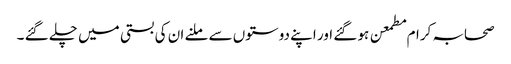
صحابہ کرام مطمعن ہو گئے اور اپنے دوستوں سے ملنے ان کی بستی میں چلے گئے ۔